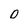
Character: D